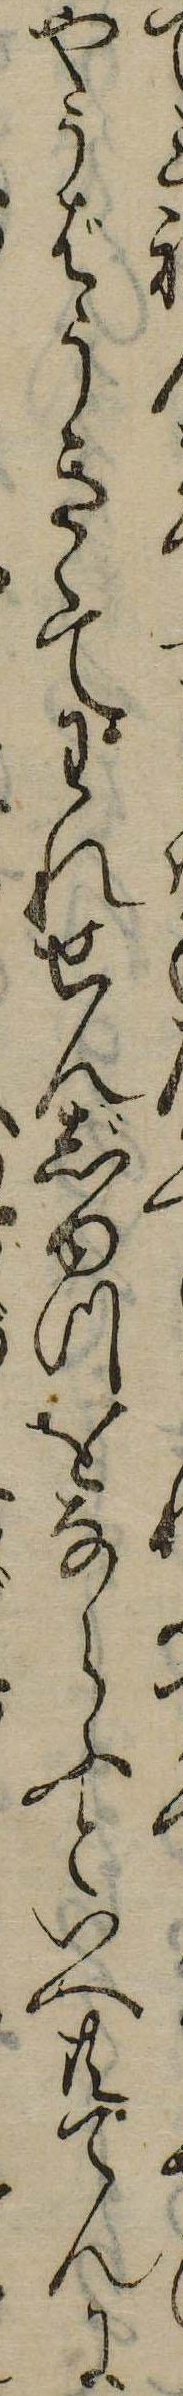
てやうばうきゝてわれせんじゆつをならふといへ共てんに